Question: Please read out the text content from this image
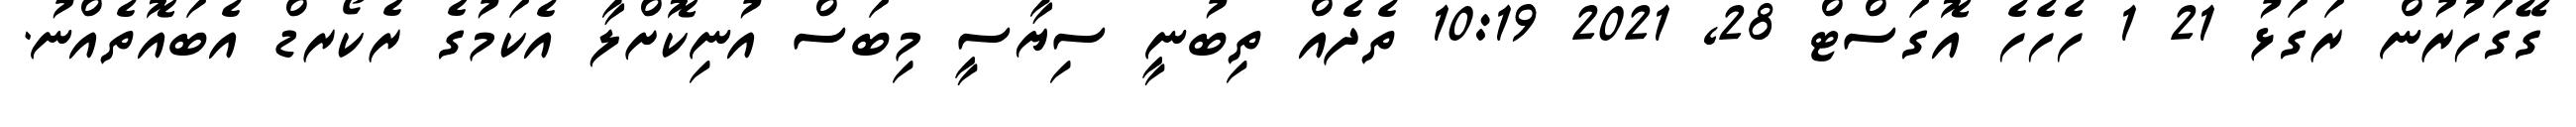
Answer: ގޭގަހުރުން ރަގަޅު 21 1 ހެހެހެ އޮގަސްޓް 28, 2021 10:19 ތެދެއް ތިބުނީ ސިޔާސީ މިބަސް އުނިކޮށްލާ އެކަމުގެ ރެކޯރޑް އެބައޮތެއްނު.